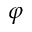
\varphi